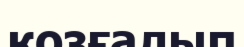
козғалып